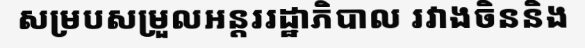
សម្របសម្រួលអន្តររដ្ឋាភិបាល រវាងចិននិង